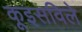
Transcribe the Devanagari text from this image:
कूइसविले